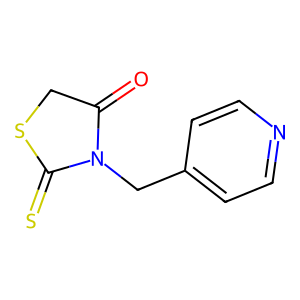
SMILES: O=C1CSC(=S)N1Cc1ccncc1
Inhibits HIV replication: No